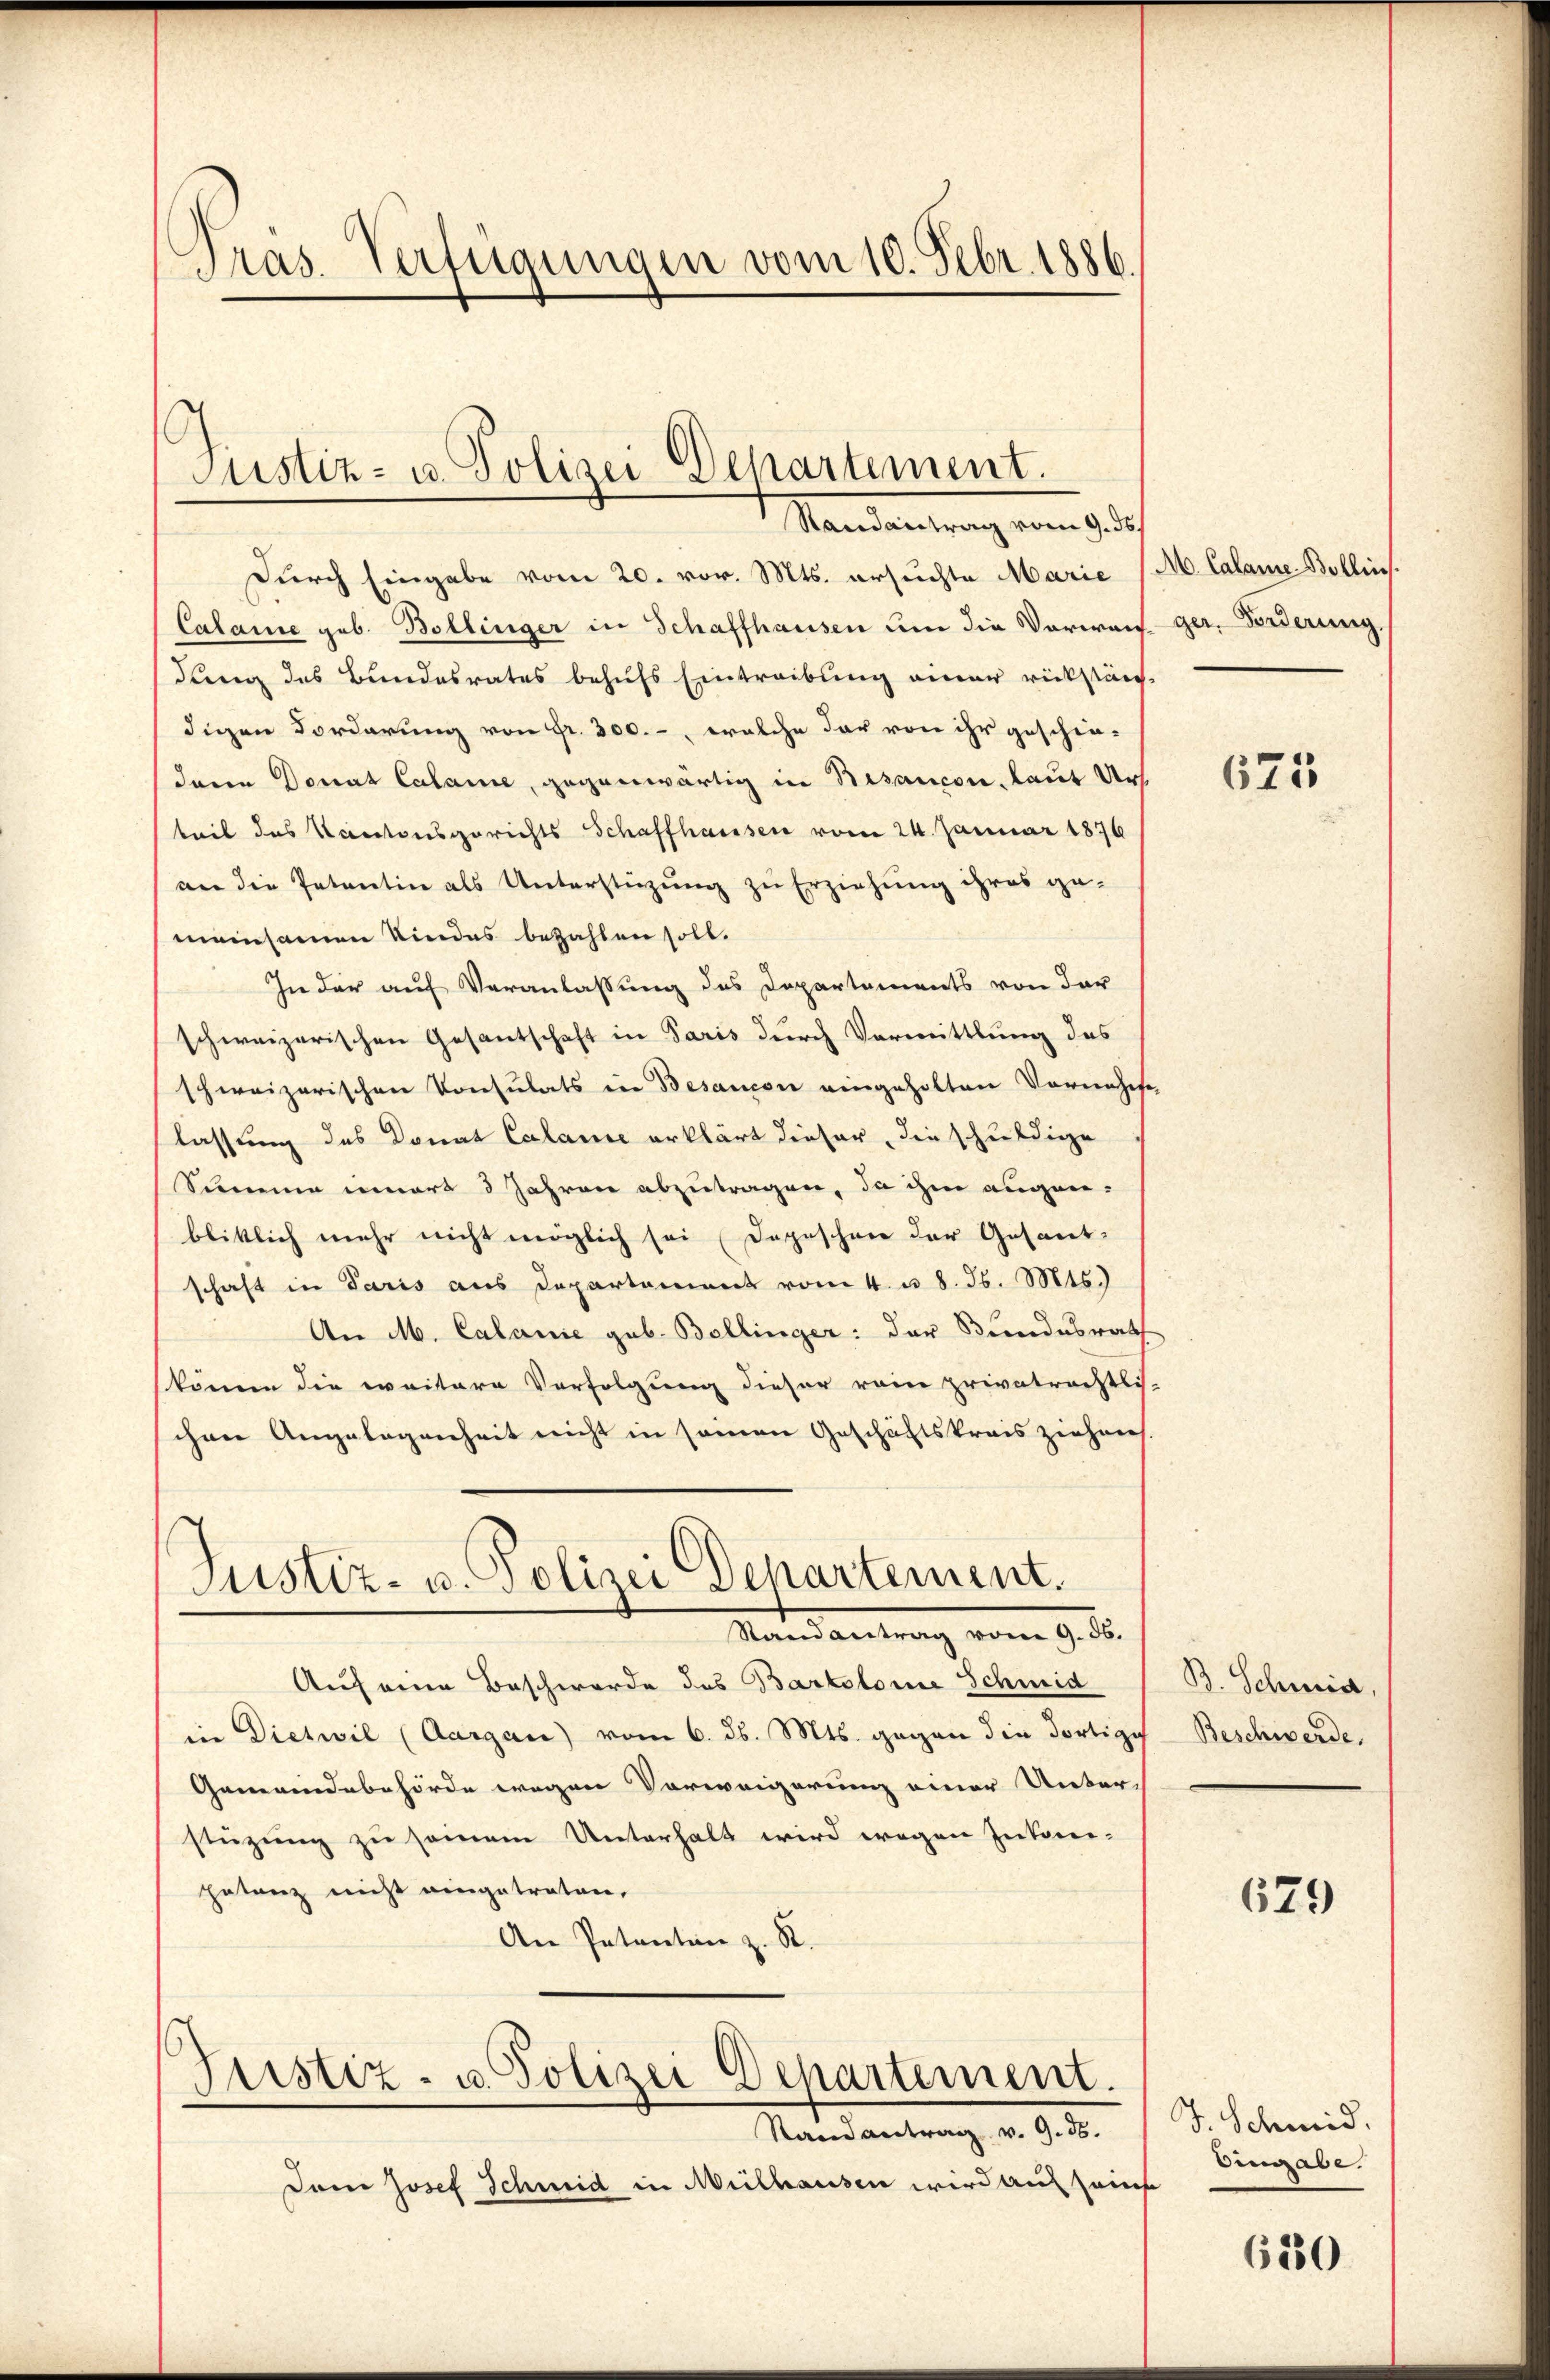
Tras-Verfügungen vom 10. Febr. 1886.

Justiz- u. Polizei-Departement.
Randantrag vom 9. ds.

durch Eingabe vom 20. vor. Mts. ersuchte Marie
Calame geb. Bollinger in Schaffhausen um die Vorwach
dung des Bundesrates behufs Eintreibung einer rückstän
digen Forderung von Fr. 300.-, welche der von ihr geschie-
denn Donat Calame, gegenwärtig in Bisancon, laut Urs
teil des Kantonsgerichts Schaffhausen vom 24. Januar 1876
an die Petentin als Unterstüzung zu Erziehung ihres ge-
meinsamen Kindes bezahlen soll.
In der auf Veranlassung des Departements von der
schweizerischen Gesantschaft in Paris durch Vormittlung des
schweizerischen Consulats in Besancen eingeholten Vornahes
lassung des Donat Calamie erklärt dieser, die schuldige
Summe inners 3 Jahren abzutragen, da ihm augen-
bliklich mehr nicht möglich sei Depeschen der Gesant-
schaft in Paris aus Departement vom 4. u. 8. ds. Mts.
An M. Calanie geb. Bellinger: der Bundesrath
könne die weitere Verfolgung dieser rein privatrechtlich
chen Angelegenheit nicht in seinen Geschäftskreis ziehen
Justiz- u. Polizei Departement.
Stand antrag vom 9. 56.
Auf eine Beschwerde des Bartolome Schmid
in Dietwil (Aargau) vom 6. ds. Mts. gegen die dortige
Gemeindebehörde wegen Vorweigerung einer Unterstüzung zu seinem Unterhalt wird wegen Inter-
Entanz nicht eingetraten,
An Petentin z. St.

Justiz- u. Polizei Departement.
Stand antrag v. 9. 35.

Dem Josef Schmid in Mülhausen wird auf seinse

M. Calame Bollins.
ger. Forderung.

675

B. Schweid,
Beschwerde.

679

J. Schmid.
Eingabe.

630